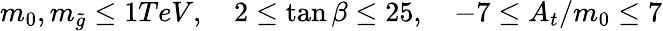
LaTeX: m_{0},m_{\tilde{g}}\le 1TeV,\quad 2\le\tan\beta\le 25,\quad-7\le A_{t}/m_{0}\le 7